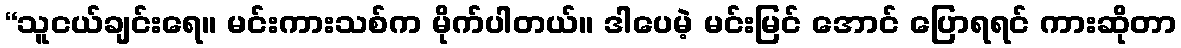
“သူငယ်ချင်းရေ။ မင်းကားသစ်က မိုက်ပါတယ်။ ဒါပေမဲ့ မင်းမြင် အောင် ပြောရရင် ကားဆိုတာ